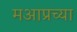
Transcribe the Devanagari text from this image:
मआप्रच्या